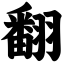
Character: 翻